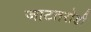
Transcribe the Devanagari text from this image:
जाटतरोडी